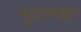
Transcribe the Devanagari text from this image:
भुटानका